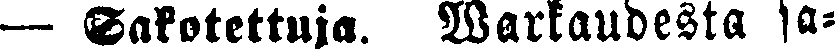
— Sakotettuja. Warkaudesta sa-